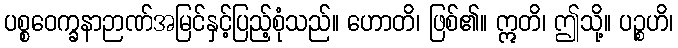
ပစ္စဝေက္ခနာဉာဏ်အမြင်နှင့်ပြည့်စုံသည်။ ဟောတိ၊ ဖြစ်၏။ ဣတိ၊ ဤသို့။ ပဉ္စဟိ၊